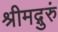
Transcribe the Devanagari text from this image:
श्रीमद्गुरुं